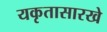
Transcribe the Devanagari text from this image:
यकृतासारखे